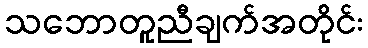
သဘောတူညီချက်အတိုင်း